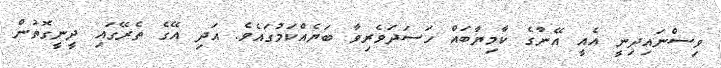
ވިސްނައިދިނީ އެއީ އޭނާގެ ކާމިޔާބައް ހަސަދަވެރިވާ ބަޔެއްކަމުގައެވެ. އަދި އޭގެ ތެރޭގައި ދީނީގޮތުން